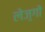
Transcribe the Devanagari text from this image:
लेज़्गों